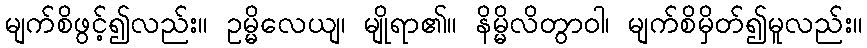
မျက်စိဖွင့်၍လည်း။ ဥမ္မိလေယျ၊ မျိုရာ၏။ နိမ္မိလိတွာဝါ၊ မျက်စိမှိတ်၍မူလည်း။